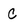
Character: C